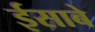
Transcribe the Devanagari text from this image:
ईसाबे